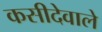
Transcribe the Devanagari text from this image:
कसीदेवाले